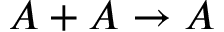
A + A \to A